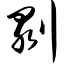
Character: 剥